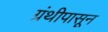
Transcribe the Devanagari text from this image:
ग्रंथीपासून